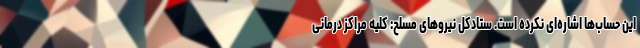
این حساب‌ها اشاره‌ای نکرده است. ستادکل نیروهای مسلح: کلیه مراکز درمانی